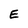
Character: E